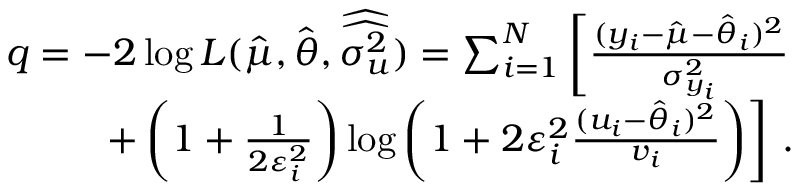
\begin{array} { r } { q = - 2 \log L ( \hat { \mu } , \hat { \boldsymbol { \theta } } , \widehat { \widehat { \boldsymbol { \sigma _ { u } ^ { 2 } } } } ) = \sum _ { i = 1 } ^ { N } \left[ \frac { ( y _ { i } - \hat { \mu } - \hat { \theta } _ { i } ) ^ { 2 } } { \sigma _ { y _ { i } } ^ { 2 } } \right. } \\ { \left. + \left( 1 + \frac { 1 } { 2 \varepsilon _ { i } ^ { 2 } } \right) \log \left( 1 + 2 \varepsilon _ { i } ^ { 2 } \frac { ( u _ { i } - \hat { \theta } _ { i } ) ^ { 2 } } { v _ { i } } \right) \right] \, . } \end{array}